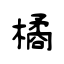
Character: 橘